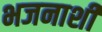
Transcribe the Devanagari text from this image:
भजनाशी